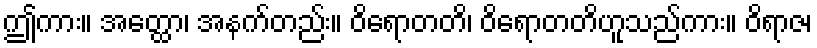
ဤကား။ အတ္ထော၊ အနက်တည်း။ ဝိရောတတိ၊ ဝိရောတတိဟူသည်ကား။ ဝိရာဇ၊